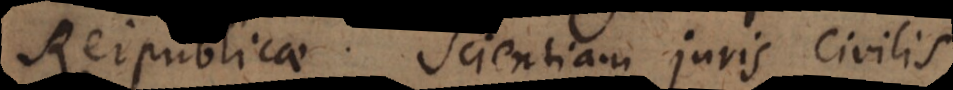
Reipublicae. Scientiam juris civilis